Report of the Bombay Plague Committee
Disease focus: Plague
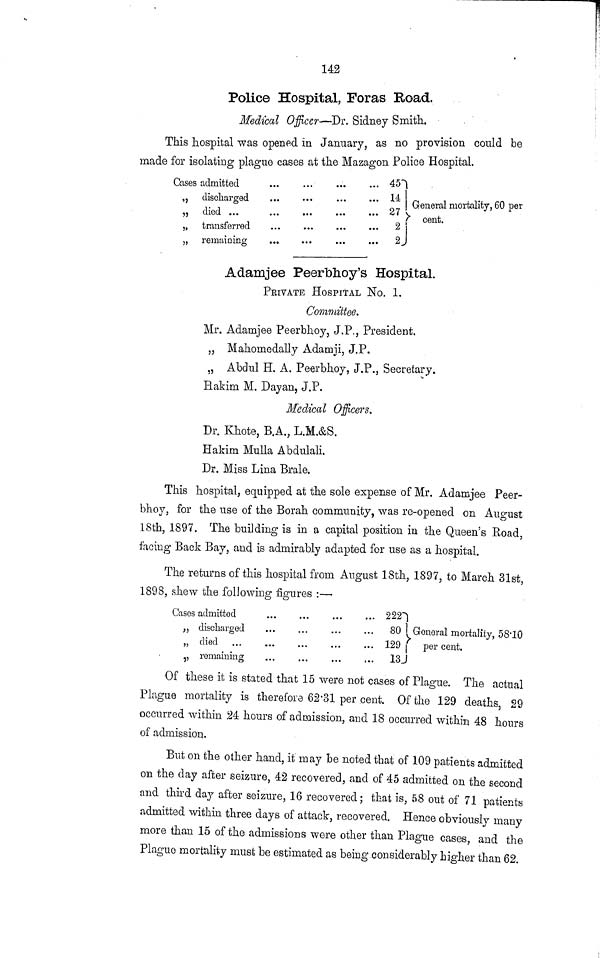
142
Police Hospital, Foras Road.
Medical Officer—Dr. Sidney Smith.
This hospital was opened in January, as no provision could be
made for isolating plague cases at the Mazagon Police Hospital.
Cases admitted
,, discharged
,, died ...
„ transferred
„ remaining
451
4
27
2 ,
2.
cent.
Adamjee Peertohoy's Hospital.
PRIVATE HOSPITAL No. 1.
Committee.
Mr. Adamjee Peerbhoy, J.P., President.
„ Mahomedally Adarnji, J.P.
„ Abdul H. A. Peerbhoy, J.P., Secretary.
Hakim M. Dayan, J.P.
Medical Officers.
Dr. Khote, B.A., L.M.&S.
Hakim Mulla Abdulali.
Dr. Miss Lina Brale.
This hospital, equipped at the sole expense of Mr. Adamjee Peer-
bhoy, for the use of the Borah community, was re-opened on August
18th, 1897. The building is in a capital position in the Queen's Road,
facing Back Bay, and is admirably adapted for use as a hospital.
The returns of this hospital from August 18th, 1897, to March 31st,
1898, shew the following figures :—
Cases admitted
,, discharged
„ died
„ remaining
222
80
129
13
General mortality, 5S'10
per cent.
Of these it is stated that 15 were not cases of Plague. The actual
Plague mortality is therefore 62'31 per cent. Of the 129 deaths, 29
occurred within 24 hours of admission, and 18 occurred within 48 hours
of admission.
But on the other hand, it may be noted that of 109 patients admitted
on the day after seizure, 42 recovered, and of 45 admitted on the second
and third day after seizure, 16 recovered; that is, 58 out of 71 patients
admitted within three days of attack, recovered. Hence obviously many
more than 15 of the admissions were other than Plague cases, and the
Plague mortality must be estimated as being considerably higher than 62.